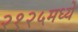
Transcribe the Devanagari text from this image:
२१२५मध्ये